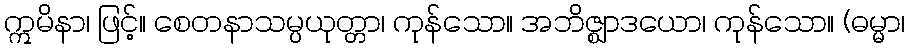
ဣမိနာ၊ ဖြင့်။ စေတနာသမ္ပယုတ္တာ၊ ကုန်သော။ အဘိဇ္ဈာဒယော၊ ကုန်သော။ (ဓမ္မာ၊